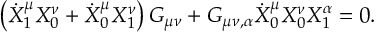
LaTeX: \left( \dot { X } _ { 1 } ^ { \mu } X _ { 0 } ^ { \nu } + \dot { X } _ { 0 } ^ { \mu } X _ { 1 } ^ { \nu } \right) G _ { \mu \nu } + G _ { \mu \nu , \alpha } \dot { X } _ { 0 } ^ { \mu } X _ { 0 } ^ { \nu } X _ { 1 } ^ { \alpha } = 0 .